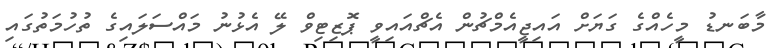
މާބަނޑު މީހެއްގެ ގަޔަށް އައިޖީއެމްޗުން އެޗްއައިވީ ޕޮޒިޓިވް ލޭ އެޅުނު މައްސަލައިގެ ތުހުމަތުގައި